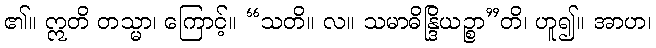
၏။ ဣတိ တသ္မာ၊ ကြောင့်။ “သတိ။ လ။ သမာဓိန္ဒြိယဉ္စာ”တိ၊ ဟူ၍။ အာဟ၊